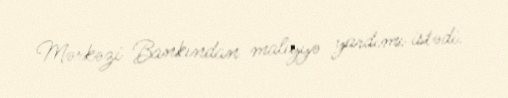
Mərkəzi Bankından maliyyə yardımı istədi.